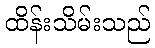
ထိန်းသိမ်းသည်